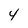
Character: 4